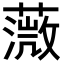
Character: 𦼻